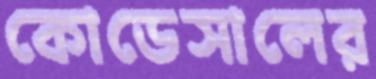
কোডেসালের